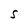
Character: S